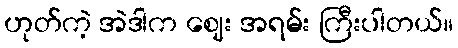
ဟုတ်ကဲ့ အဲဒါက ဈေး အရမ်း ကြီးပါတယ်။